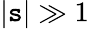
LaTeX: |\mathtt{s}|\gg1